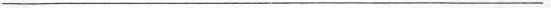
___